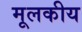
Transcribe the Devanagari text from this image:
मूलकीय